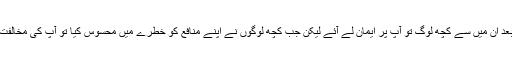
آپ کے ظہور کے بعد ان میں سے کچھ لوگ تو آپ پر ایمان لے آئے لیکن جب کچھ لوگوں نے اپنے منافع کو خطرے میں محسوس کیا تو آپ کی مخالفت میں کھڑے ہوگئے۔